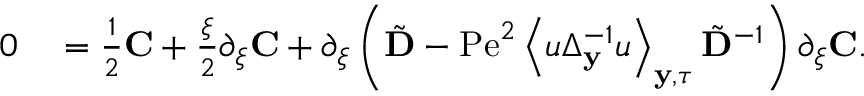
\begin{array} { r l } { 0 } & { { } = \frac { 1 } { 2 } \mathbf { C } + \frac { \xi } { 2 } \partial _ { \xi } \mathbf { C } + \partial _ { \xi } \left( \tilde { \mathbf { D } } - \mathrm { P e } ^ { 2 } \left\langle u \Delta _ { \mathbf { y } } ^ { - 1 } u \right\rangle _ { \mathbf { y } , \tau } \tilde { \mathbf { D } } ^ { - 1 } \right) \partial _ { \xi } \mathbf { C } . } \end{array}